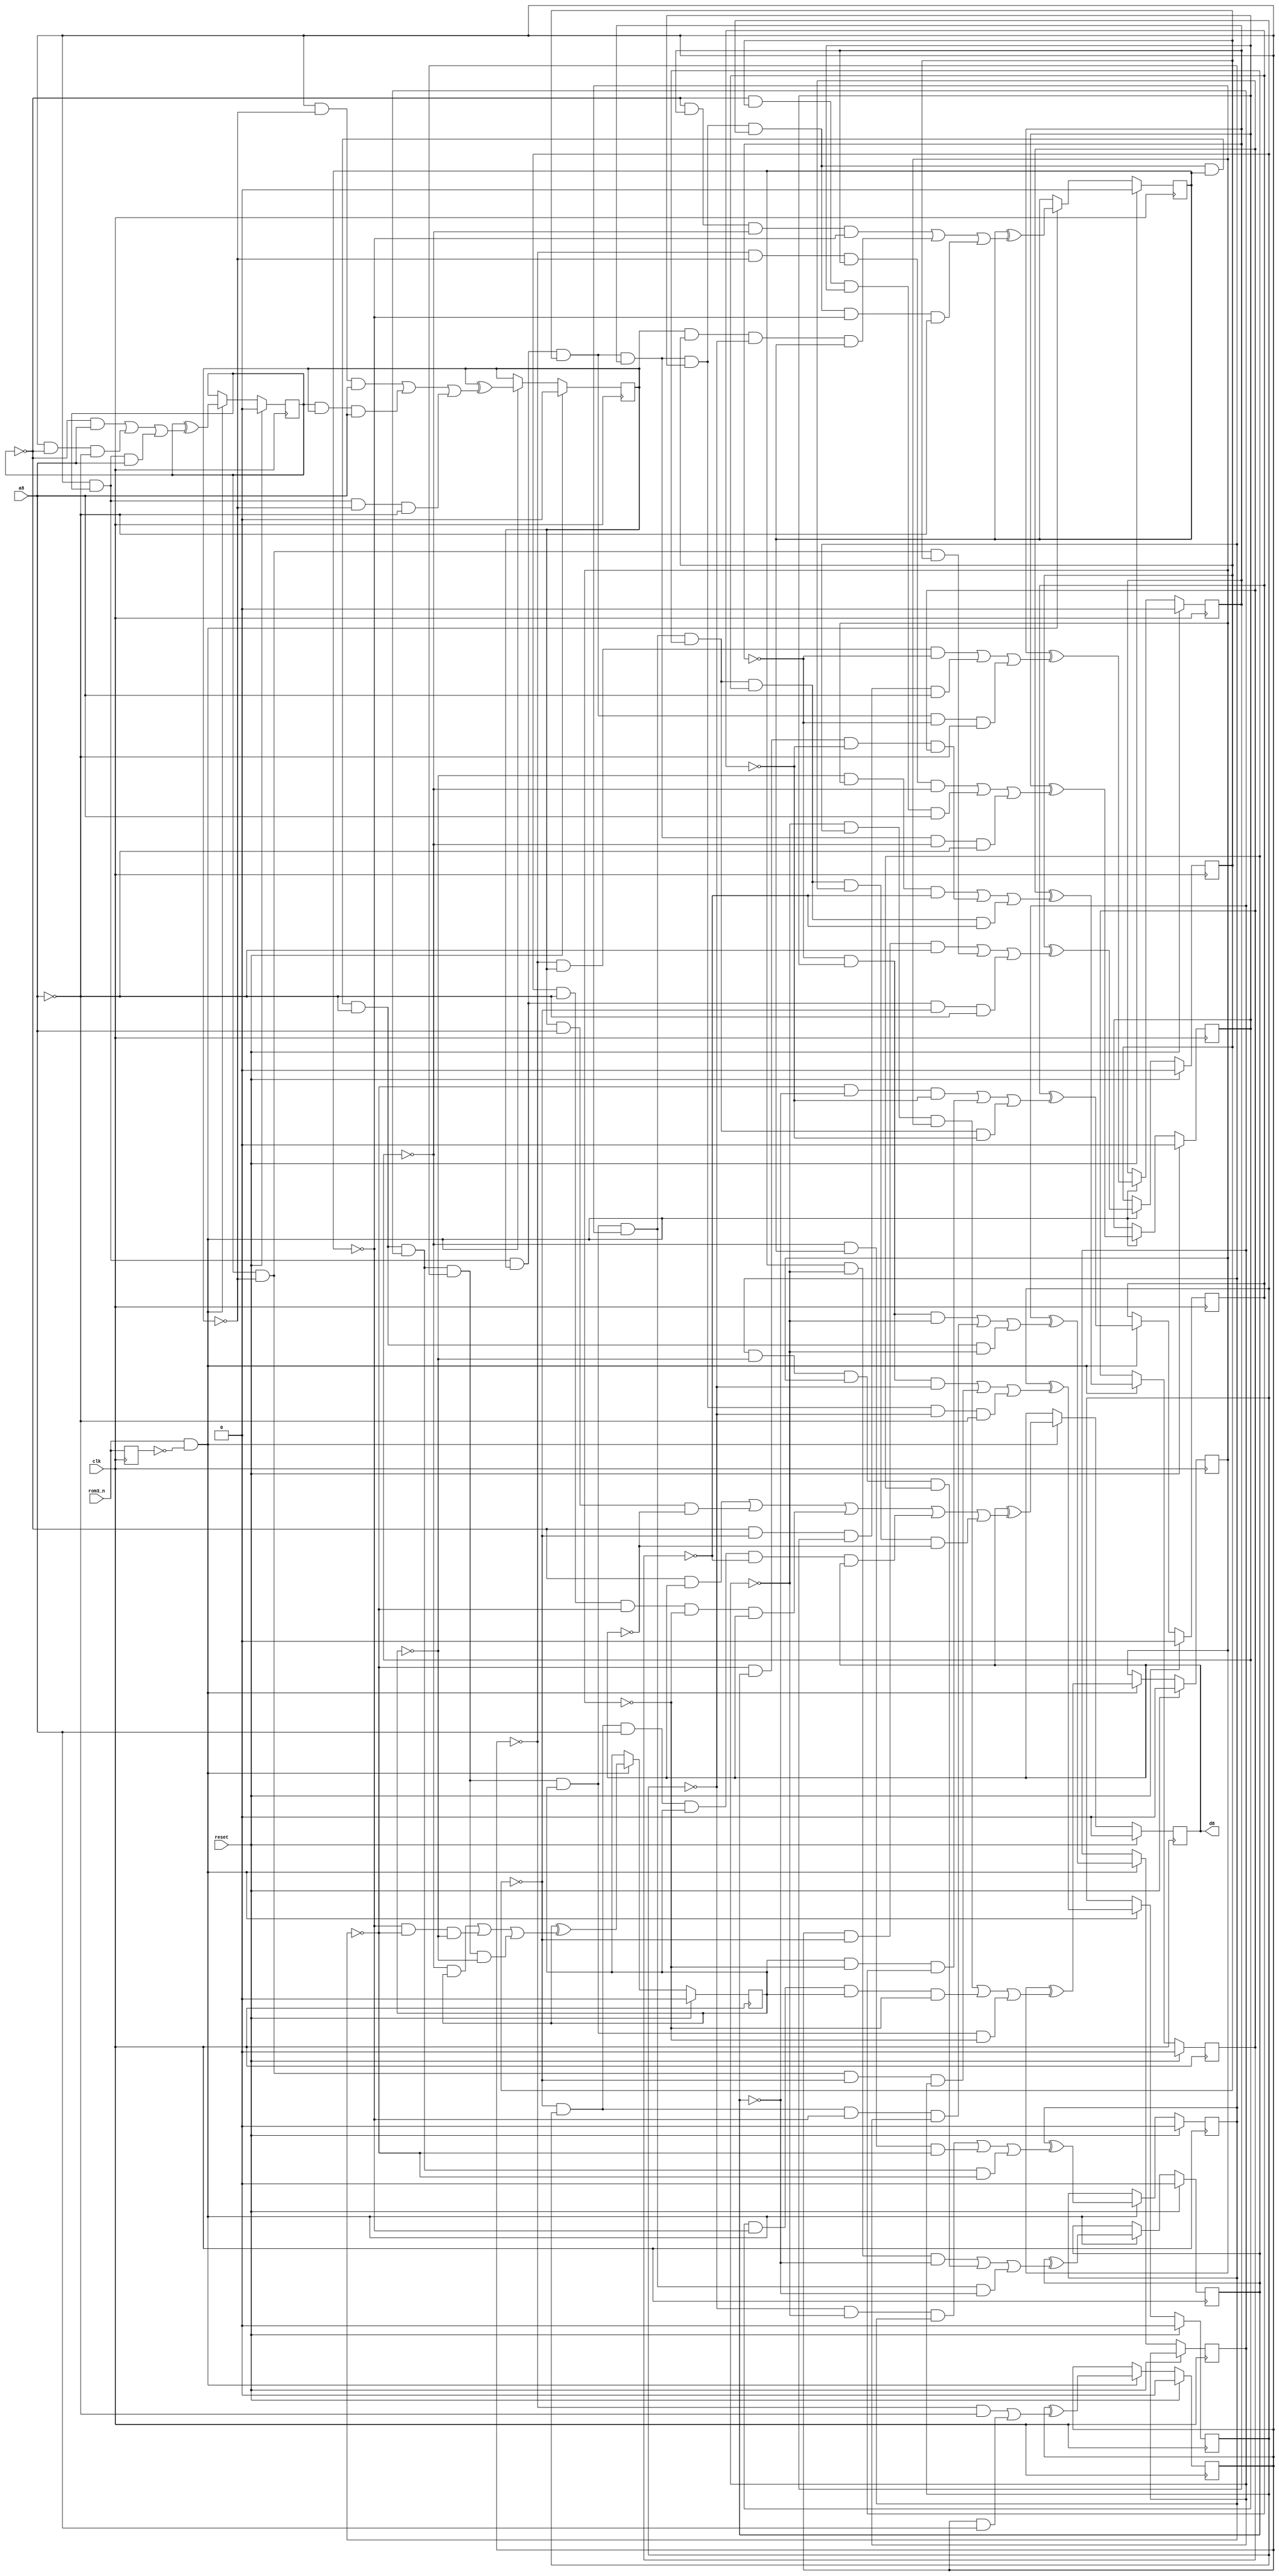
module cubase3_dongle (
	input clk,
	input reset, // POR actually
	input rom3_n,
	input a8,
	output reg d8
);

//File generated from rainbow unicorn farts
//
//From the source file SRD_OK.JED
//
//No rights reserved
//
//Device 5c060
// pin02          = 2
// pin03          = 3
// pin04          = 4
// pin05          = 5
// pin06          = 6
// pin07          = 7
// pin08          = 8
// pin09          = 9
// pin10          = 10
// pin11          = 11
// pin14          = 14
// pin15          = 15
// pin16          = 16
// pin17          = 17
// pin18          = 18
// pin19          = 19
// pin20          = 20
// pin21          = 21
// pin22          = 22
// pin23          = 23
//
//turbo
//
//start
//
// pin03          ^:=  /pin03*/pin14
//                 +   pin03* pin14;
//
// pin04          ^:=  /pin04* pin14
//                 +   pin03*/pin04*/pin14
//                 +   pin03* pin04* pin14;
//
// pin05          ^:=   pin03*/pin05* pin14
//                 +   pin04* pin05* pin14
//                 +   pin03* pin04*/pin05*/pin14;
//
// pin06          ^:=   pin03*/pin06*/pin14
//                 +   pin04*/pin05* pin06
//                 +   pin03* pin04* pin05*/pin06*/pin14;
//
// pin07          ^:=  /pin03* pin05*/pin07
//                 +  /pin04*/pin06* pin07* pin14
//                 +   pin03* pin04* pin05* pin06*/pin07*/pin14;
//
// pin08          ^:=  /pin03*/pin05* pin07*/pin08
//                 +  /pin04* pin06* pin08* pin14
//                 +   pin03* pin04* pin05* pin06* pin07*/pin08*/pin14;
//
// pin09          ^:=  /pin07* pin08*/pin09
//                 +   pin04*/pin05*/pin06* pin09
//                 +   pin03* pin04* pin05* pin06* pin07* pin08*/pin09*/pin14;
//
// pin10          ^:=  /pin04* pin07*/pin08*/pin10
//                 +   pin05* pin06*/pin09* pin10
//                 +   pin03* pin04* pin05* pin06* pin07* pin08* pin09*/pin10*/pin14;
//
// pin15          ^:=  /pin07* pin08*/pin15
//                 +  /pin06* pin09*/pin10* pin15
//                 +   pin03* pin04* pin05* pin06* pin07* pin08* pin09* pin10*/pin14*/pin15;
//
// pin16          ^:=  /pin09*/pin15* pin16
//                 +  /pin08* pin10*/pin16
//                 +   pin03* pin04* pin05* pin06* pin07* pin08* pin09* pin10*/pin14* pin15*/pin16;
//
// pin17          ^:=  /pin08* pin17
//                 +  /pin10*/pin16*/pin17
//                 +   pin03* pin04* pin05* pin06* pin07* pin08* pin09* pin10*/pin14* pin15* pin16*/pin17;
//
// pin18          ^:=  /pin15* pin16* pin18
//                 +   pin08*/pin10* pin17*/pin18
//                 +   pin03* pin04* pin05* pin06* pin07* pin08* pin09* pin10*/pin14* pin15* pin16* pin17*/pin18;
//
// pin19          ^:=   pin10*/pin15*/pin19
//                 +   pin16*/pin17* pin18* pin19
//                 +   pin03* pin04* pin05* pin06* pin07* pin08* pin09* pin10*/pin14* pin15* pin16* pin17* pin18*/pin19;
//
// pin20          ^:=  /pin16*/pin19*/pin20
//                 +   pin17*/pin18* pin20
//                 +   pin03* pin04* pin05* pin06* pin07* pin08* pin09* pin10*/pin14* pin15* pin16* pin17* pin18* pin19*/pin20;
//
// pin21          ^:=  /pin17* pin18*/pin21
//                 +  /pin16* pin19*/pin20* pin21
//                 +   pin03* pin04* pin05* pin06* pin07* pin08* pin09* pin10*/pin14* pin15* pin16* pin17* pin18* pin19* pin20*/pin21;
//
// pin22.ena       =  /pin02;
// pin22          ^:=  /pin04* pin22
//                 +   pin05* pin14*/pin22
//                 +   pin09*/pin14*/pin16*/pin18* pin22
//                 +  /pin06* pin09* pin14* pin17*/pin21* pin22
//                 +   pin03* pin04* pin05* pin06* pin07* pin08* pin09* pin10*/pin14* pin15* pin16* pin17* pin18* pin19* pin20* pin21*/pin22;
//
//
//end

reg pin03;
reg pin04;
reg pin05;
reg pin06;
reg pin07;
reg pin08;
reg pin09;
reg pin10;
reg pin15;
reg pin16;
reg pin17;
reg pin18;
reg pin19;
reg pin20;
reg pin21;

reg rom3_nD;
always @(posedge clk) begin
	rom3_nD <= rom3_n;
	if (reset) begin
		pin03 <= 0;
		pin04 <= 0;
		pin05 <= 0;
		pin06 <= 0;
		pin07 <= 0;
		pin08 <= 0;
		pin09 <= 0;
		pin10 <= 0;
		pin16 <= 0;
		pin17 <= 0;
		pin18 <= 0;
		pin19 <= 0;
		pin20 <= 0;
		pin21 <= 0;
		d8 <= 0;
	end
	else
	if (rom3_n & !rom3_nD) begin
		pin03 <= pin03 ^ ( (!pin03&!a8)
		                   | (pin03& a8));

		pin04 <= pin04 ^ ( ((!pin04& a8)
		                   |  ( pin03&!pin04&!a8)
		                   |  ( pin03& pin04& a8)));

		pin05 <= pin05 ^ ( (( pin03&!pin05& a8)
		                   |  ( pin04& pin05& a8)
		                   |  ( pin03& pin04&!pin05&!a8)));

		pin06 <= pin06 ^ ( (( pin03&!pin06&!a8)
		                   |  ( pin04&!pin05& pin06)
		                   |  ( pin03& pin04& pin05&!pin06&!a8)));

		pin07 <= pin07 ^ ( ((!pin03& pin05&!pin07)
		                   |  (!pin04&!pin06& pin07& a8)
		                   |  ( pin03& pin04& pin05& pin06&!pin07&!a8)));

		pin08 <= pin08 ^ ( ((!pin03&!pin05& pin07&!pin08)
		                   |  (!pin04& pin06& pin08& a8)
		                   |  ( pin03& pin04& pin05& pin06& pin07&!pin08&!a8)));

		pin09 <= pin09 ^ ( ((!pin07& pin08&!pin09)
		                   |  ( pin04&!pin05&!pin06& pin09)
		                   |  ( pin03& pin04& pin05& pin06& pin07& pin08&!pin09&!a8)));

		pin10 <= pin10 ^ ( ((!pin04& pin07&!pin08&!pin10)
		                   |  ( pin05& pin06&!pin09& pin10)
		                   |  ( pin03& pin04& pin05& pin06& pin07& pin08& pin09&!pin10&!a8)));

		pin15 <= pin15 ^ (  ((!pin07& pin08&!pin15)
		                   |  (!pin06& pin09&!pin10& pin15)
		                   |  ( pin03& pin04& pin05& pin06& pin07& pin08& pin09& pin10&!a8&!pin15)));

		pin16 <= pin16 ^ (  ((!pin09&!pin15& pin16)
		                   |  (!pin08& pin10&!pin16)
		                   |  ( pin03& pin04& pin05& pin06& pin07& pin08& pin09& pin10&!a8& pin15&!pin16)));

		pin17 <= pin17 ^ ( ((!pin08& pin17)
		                   |  (!pin10&!pin16&!pin17)
		                   |  ( pin03& pin04& pin05& pin06& pin07& pin08& pin09& pin10&!a8& pin15& pin16&!pin17)));

		pin18 <= pin18 ^ (  ((!pin15& pin16& pin18)
		                   |  ( pin08&!pin10& pin17&!pin18)
		                   |  ( pin03& pin04& pin05& pin06& pin07& pin08& pin09& pin10&!a8& pin15& pin16& pin17&!pin18)));

		pin19 <= pin19 ^ (  (( pin10&!pin15&!pin19)
		                   |  ( pin16&!pin17& pin18& pin19)
		                   |  ( pin03& pin04& pin05& pin06& pin07& pin08& pin09& pin10&!a8& pin15& pin16& pin17& pin18&!pin19)));

		pin20 <= pin20 ^ (  ((!pin16&!pin19&!pin20)
		                   |  ( pin17&!pin18& pin20)
		                   |  ( pin03& pin04& pin05& pin06& pin07& pin08& pin09& pin10&!a8& pin15& pin16& pin17& pin18& pin19&!pin20)));

		pin21 <= pin21 ^ (  ((!pin17& pin18&!pin21)
		                   |  (!pin16& pin19&!pin20& pin21)
		                   |  ( pin03& pin04& pin05& pin06& pin07& pin08& pin09& pin10&!a8& pin15& pin16& pin17& pin18& pin19& pin20&!pin21)));

		d8          <= d8 ^ (  (!pin04& d8)
		                   |  ( pin05& a8&!d8)
		                   |  ( pin09&!a8&!pin16&!pin18& d8)
		                   |  (!pin06& pin09& a8& pin17&!pin21& d8)
		                   |  ( pin03& pin04& pin05& pin06& pin07& pin08& pin09& pin10&!a8& pin15& pin16& pin17& pin18& pin19& pin20& pin21&!d8));
	end

end

endmodule